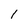
Character: 1